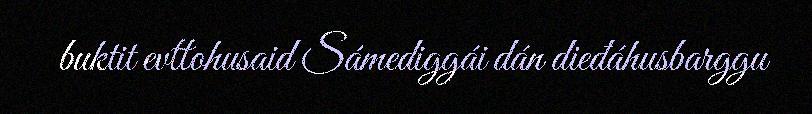
buktit evttohusaid Sámediggái dán dieđáhusbarggu